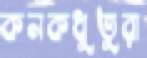
কনকধুতুরা